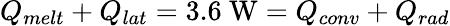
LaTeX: Q_{melt}+Q_{lat}=\textrm{3.6~W}=Q_{conv}+Q_{rad}